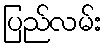
ပြည်လမ်း